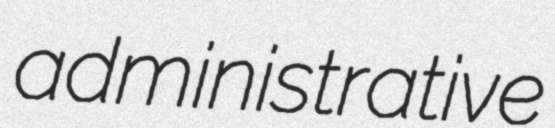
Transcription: administrative